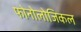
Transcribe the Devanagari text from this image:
फोनोलोजिकल